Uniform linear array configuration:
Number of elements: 4
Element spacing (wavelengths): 0.5
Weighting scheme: hann
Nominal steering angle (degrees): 15
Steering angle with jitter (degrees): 15.947
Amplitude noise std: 0.05
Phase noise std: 0.05

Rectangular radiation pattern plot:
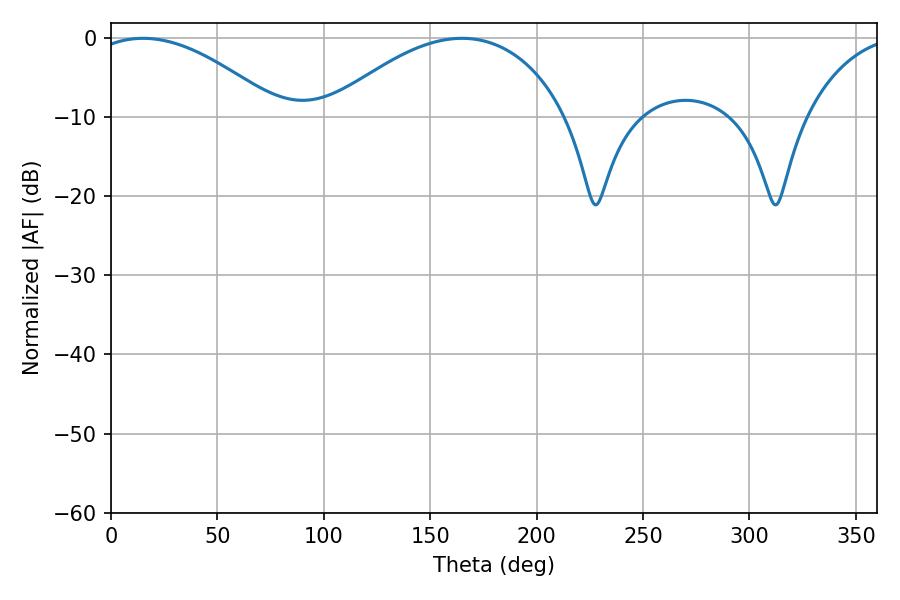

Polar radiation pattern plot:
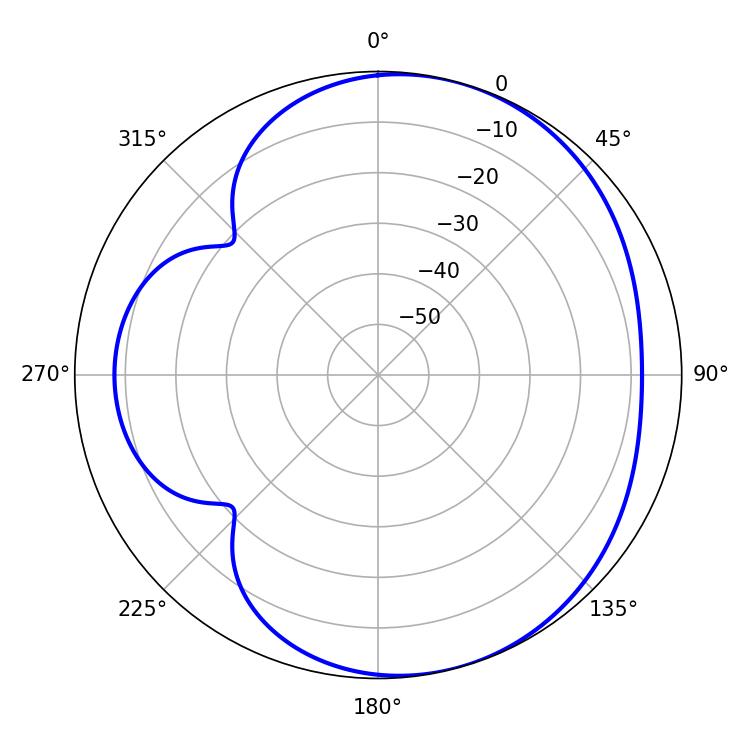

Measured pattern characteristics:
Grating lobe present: FALSE
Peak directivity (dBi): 4.905
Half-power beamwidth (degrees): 49.5
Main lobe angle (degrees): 15.12